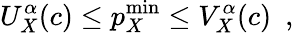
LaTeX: U_{X}^{\alpha}(c)\leq p_{X}^{\mathrm{min}}\leq V_{X}^{\alpha}(c)~~,